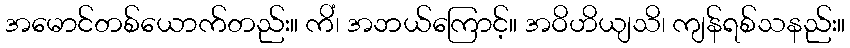
အမောင်တစ်ယောက်တည်း။ ကိံ၊ အဘယ်ကြောင့်။ အဝိဟိယျသိ၊ ကျန်ရစ်သနည်း။